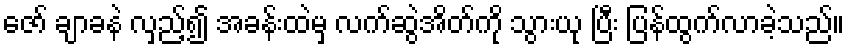
ဇော် ချာခနဲ လှည့်၍ အခန်းထဲမှ လက်ဆွဲအိတ်ကို သွားယု ပြီး ပြန်ထွက်လာခဲ့သည်။